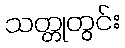
သတ္တုတွင်း